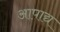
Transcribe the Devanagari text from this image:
आपाद्य